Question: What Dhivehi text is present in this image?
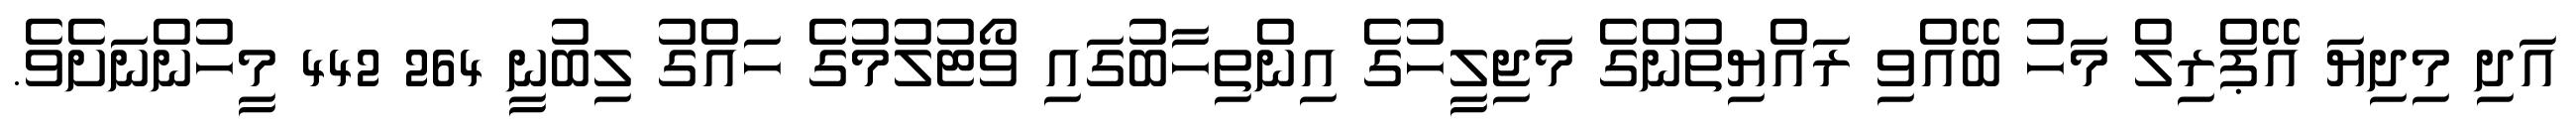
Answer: އަދި މިދިޔަ އޭޕްރިލް މަހު ބޭއްވި ރައްޔިތުންގެ މަޖިލީހުގެ އިންތިހާބުގައި ވޯޓުލުމުގެ ހައްގު ލިބުނީ 264 442 މީހުންނަށެވެ.